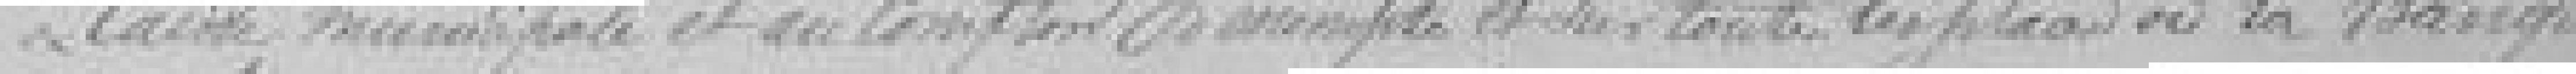
Caisse municipale et au comptoir d'escompte et sur toutes les places où la Banque